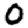
Digit: 0